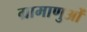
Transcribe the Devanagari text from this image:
ग्रामाणुओं